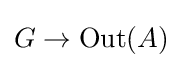
G\to \operatorname {Out} (A)